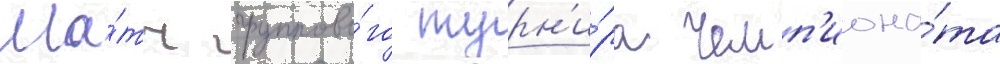
Ма́тч группово́го турн'и́ра чемп'иона́та